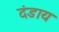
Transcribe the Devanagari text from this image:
दंडाय